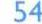
54